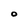
Character: O